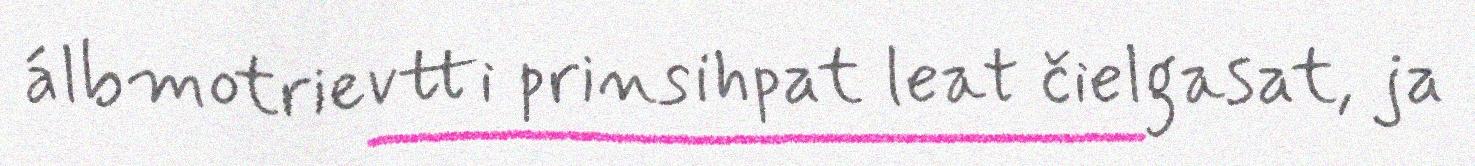
álbmotrievtti prinsihpat leat čielgasat, ja